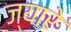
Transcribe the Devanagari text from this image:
ज्यारे